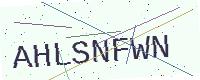
Text: AHLSNFWN